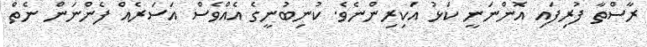
ރާސްތާ ފުރިފައި އޮންނަނީ ކަޅު އަކިރިންނެވެ. ކުނިބުނީގެ އެއްވެސް އަސަރެއް ފެންނަން ނެތް